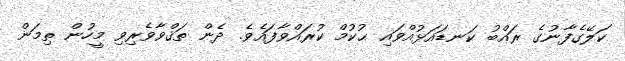
ކަލޭގެފާނުގެ ރައްބު ކަނޑައަޅުއްވައި ޙުކުމް ކުރައްވާފައެވެ. ދެން ތަޤްވާވެރިވި މީހުން ތިމަން